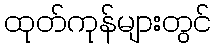
ထုတ်ကုန်များတွင်